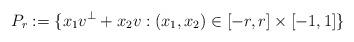
LaTeX: \begin{align*}P_r:=\{x_1v^{\perp}+x_2v : (x_1,x_2) \in [-r,r] \times [-1,1] \}\end{align*}